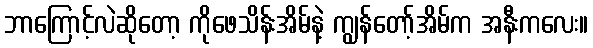
ဘာကြောင့်လဲဆိုတော့ ကိုဖေသိန်းအိမ်နဲ့ ကျွန်တော့်အိမ်က အနီးကလေး။